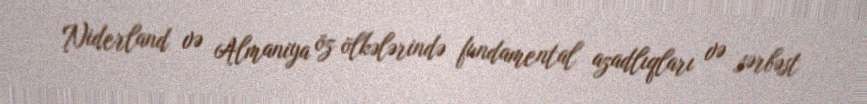
Niderland və Almaniya öz ölkələrində fundamental azadlıqları və sərbəst